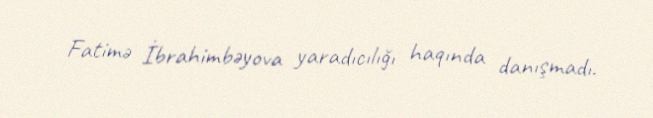
Fatimə İbrahimbəyova yaradıcılığı haqında danışmadı.